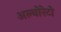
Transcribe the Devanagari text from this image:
अल्बोरेटो